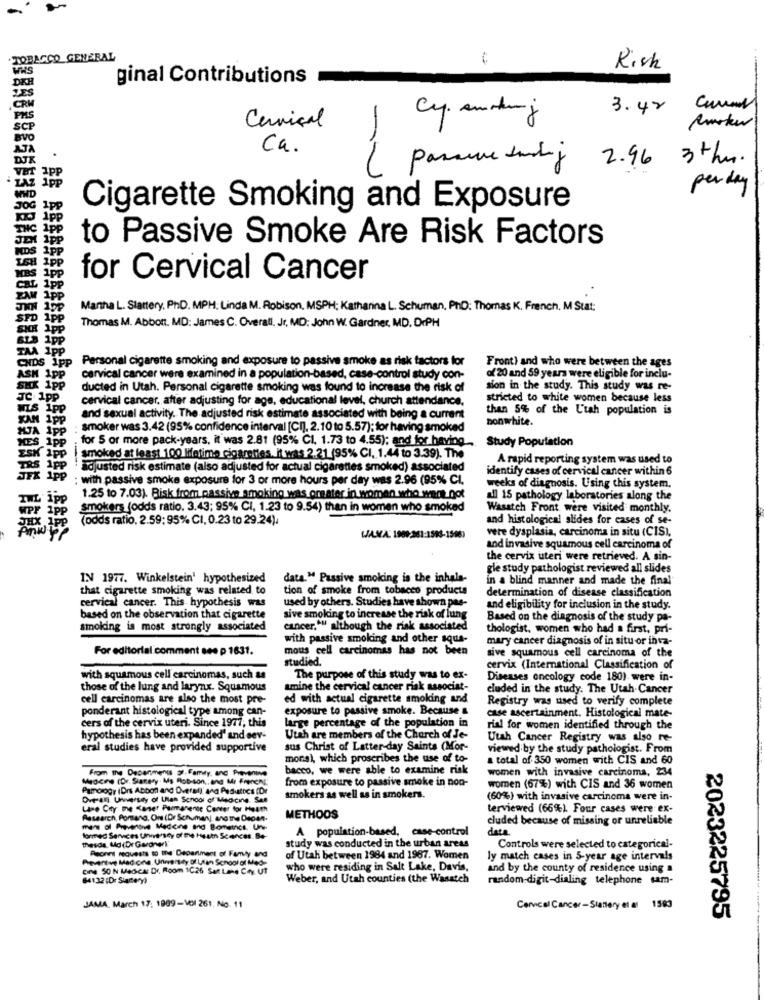
TOBACCO GENERAL
WHS
Risk
ginal Contributions
ZES
CRM
3.42
PAS
Cy. anding
SCP
Cervical
Ca.
2.96
3thr.
( passune during
perday
Cigarette Smoking and Exposure
to Passive Smoke Are Risk Factors
KBS 1pp
for Cervical Cancer
Manha L. Slattery. PhD. MPH: Linda M. Robison, MSPH: Kathanna L. Schuman, PHD: Thomas K. French. M Stat:
SPD 1pp
SKH 1pp
Thomas M. Abbott. MD: James C. Overall. Jr, MD: John W. Gardner, MD. DrPH
TAA 1pp
CNDS 1pp
Personal cigarette smoking and exposure to passive smoke as risk factors for
Front) and who were between the ages
ASH 1pp
cervical cancer were examined in a population-based, case-control study con-
of 20 and 59 years were eligible for inclu-
SMK 1pp
ducted in Utah. Personal cigarette smoking was found to increase the risk of
sion in the study. This study was re-
JC: 1pp
cervical cancer. after adjusting for age, educational level, church attendance.
stricted to white women because less
WIS ipp
than 5% of the Utah population is
KAN IPP
and sexual activity. The adjusted risk estimate associated with being a current
bonwhite.
WJA IPP
smoker was 3.42 (95% confidence interval [CI], 2.10 to 5.57); for having smoked
MES 1pp
for 5 or more pack-years, it was 2.81 (95% CI, 1.73 to 4.55); and for having
Study Population
ISK APP
smoked at least 100 lifetime cigarettes. it was 2.21 (95% CI, 1.44 to 3.39). The
A rapid reporting system was used to
TRS APP
adjusted risk estimate (also adjusted for actual cigarettes smoked) associated
identify cases of cervical cancer within 6
JFK Ipp
: with passive smoke exposure for 3 or more hours per day was 2.96 (95% Cl.
weeks of diagnosis. Using this system.
IHL ipp
1.25 to 7.03). Bisk from passive smoking was greater in women who want.not
all 15 pathology laboratories along the
SPY iPP
smokers (odds ratio. 3.43; 95% CI, 1.23 to 9.54) than in women who smoked
Wasatch Front were visited monthly.
(odds ratio. 2.59;95% CI, 0.23 to 29.24),
and histological slides for cases of se-
vere dysplasia, carcinoma in situ (CISI,
LAVA: 1909:261:1593-15087
and invasive squamous cell carcinoma of
the cervix uteri were retrieved. A sin-
gle study pathologist reviewed all slides
IN 1977. Winkelstein' hypothesized
data." Passive smoking is the inhala-
in a blind manner and made the final
that cigarette smoking was related to
tion of smoke from tobacco products
determination of disease classification
cervical cancer. This hypothesis was
used by others. Studies have shown pas-
and eligibility for inclusion in the study.
based on the observation that cigarette
sive smoking to increase the risk of lung
Based on the diagnosis of the study pa-
smoking is most strongly associated
cancer."" although the risk associated
thologist, women who had a first, pri-
with passive smoking and other squa-
mary cancer diagnosis of in situ or inva-
For editorial comment see p 1631.
mous cell carcinomas has not been
sive squamous cell carcinoma of the
studied.
cervix (International Classification of
with squamous cell carcinomas, such as
The purpose of this study was to ex-
Diseases oncology code 180) were in-
those of the lung and larynx. Squamous
amine the cervical cancer risk associat-
eluded in the study. The Utah Cancer
cell carcinomas are also the most pre-
ed with actual cigarette smoking and
Registry was used to verify complete
ponderant histological type among can-
exposure to passive smoke. Because &
cers of the cervix uteri. Since 1977, this
large percentage of the population in
case ascertainment. Histological mate-
rial for women identified through the
hypothesis has been expanded' and sev-
Utah are members of the Church of Je-
Utah Cancer Registry was also re-
eral studies have provided supportive
sus Christ of Latter-day Saints (Mor-
viewed by the study pathologist. From
mona), which proscribes the use of to-
a total of 350 women with CIS and 60
From the Deparmenus gr.Family, anc Prevenive
bacco, we were able to examine risk
women with invasive carcinoma, 234
Medicine (Dr. Stanery Ms Rob-son ,, and Mr FrenchL'
from exposure to passive smoke in non-
Pamology (Drs Abbon and Overall' and Peduties (Dr
women (67%) with CIS and 36 women
Overan University of Utah School of Medicine Sar
smokers as well as in smokers.
(60%) with invasive carcinoma were in-
Lase City the Kaner Permanente Center for Heath
terviewed (66%). Four cases were ex-
Research, Porsang, On (Dr Schuman), and the Depen-
METHOOS
cluded because of missing or unreliable
men of Preventive Medicine and Bometcs. Un
A population-based, case-control
data.
formed Services University of the restn Scences. Be-
thesde Mo (Dr Gardnerl'
Peorint requests to the Department of Family and
study was conducted in the urban areas
Controls were selected to categorical-
Preventive Madona, Unmersey Of Usan School of Mede
of Utah between 1984 and 1967. Women
ly match cases in 5-year age intervals
cine 50 N Med-car Dr. Room 1C26 Salt Lake Cry. UT
who were residing in Salt Lake, Davis,
and by the county of residence using a
64132 :Dr Siane y)
Weber, and Utah counties (the Wasatch
random-digit-dialing telephone sam-
JAMA. March 17: 1909-Vol 261. No. 11
Cervical Cancer-Slattery et al 1583
2023225795